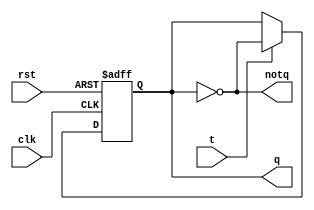
module flipflopT(
    input t,
    input clk,
    input rst,
    output reg q,
    output notq
);

always @(posedge clk, posedge rst) 
begin
    if(rst)
        q <= 0;
    else
        if(t)
            q <= ~q;
end

assign notq = ~q;

endmodule